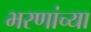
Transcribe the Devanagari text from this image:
भरणांच्या